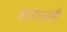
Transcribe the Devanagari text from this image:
शहरालाही